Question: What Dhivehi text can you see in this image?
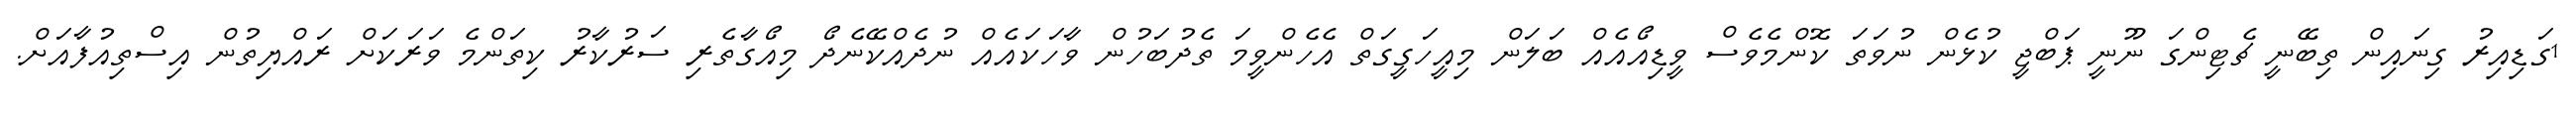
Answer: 1ގަޑިއިރު ގިނައިން ތިބޭނީ ޗެޓިންގަ ނޫނީ ޕަބްޖީ ކުޅެން ނުވަތަ ކޮންމެވެސް ވީޑިއޯއެއް ބަލަން މިއީހަގީގަތް އެހެންވީމަ ތެދުބަހުން ވާހަކައެއް ނުދެއްކޭނެދޯ މިއޯގާތެރި ސަރުކާރު ކިތަންމެ ވަރަކަށް ރައްޔިތުން އިސްތިއުފާއަށް.